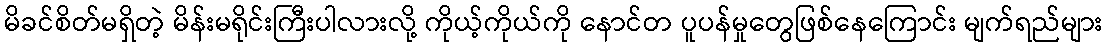
မိခင်စိတ်မရှိတဲ့ မိန်းမရိုင်းကြီးပါလားလို့ ကိုယ့်ကိုယ်ကို နောင်တ ပူပန်မှုတွေဖြစ်နေကြောင်း မျက်ရည်များ